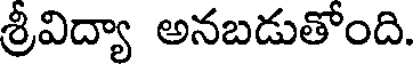
శ్రీవిద్యా అనబడుతోంది.